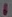
Text: 1